Senior Leaving Certificate Examination (including Day School Certificate (Higher) General paper), 1947
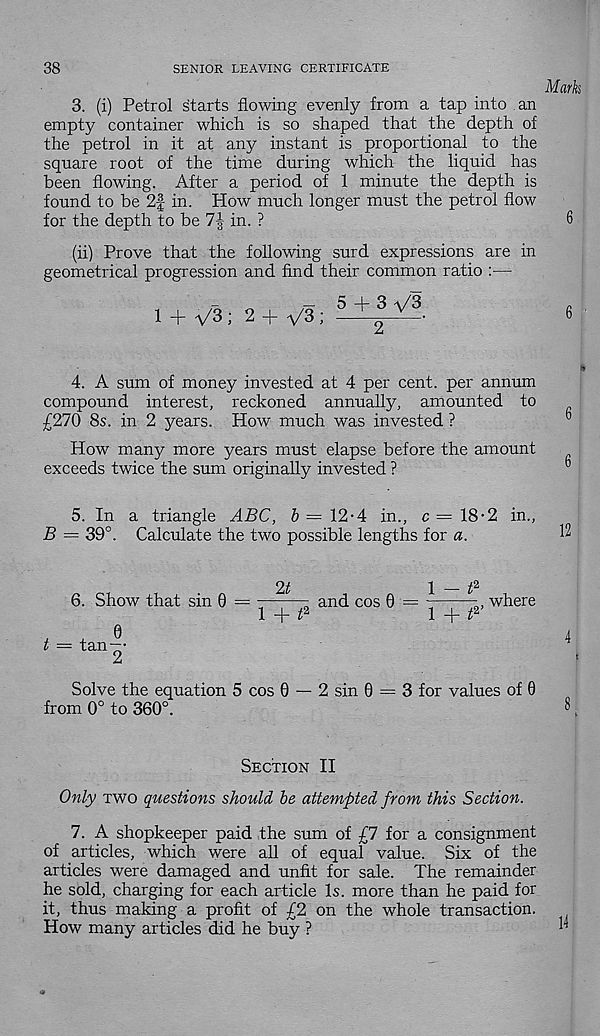
38
SENIOR LEAVING CERTIFICATE
Marks
3. (i) Petrol starts flowing evenly from a tap into an
empty container which is so shaped that the depth of
the petrol in it at any instant is proportional to the
square root of the time during which the liquid has
been flowing. After a period of 1 minute the depth is
found to be 2f in. How much longer must the petrol flow
for the depth to be 7§ in. ?
6
(ii) Prove that the following surd expressions are in
geometrical progression and find their common ratio :—
1 + V3; 2 +V3; 5+
2
3V3
6
4. A sum of money invested at 4 per cent, per annum
compound interest, reckoned annually, amounted to
£270 8s. in 2 years. How much was invested ?
How many more years must elapse before the amount
exceeds twice the sum originally invested ?
5. In a triangle ABC, & = 12-4 in., c = 18-2 in.,
B — 39°. Calculate the two possible lengths for a.
6. Show that sin 0 =
and cos 0 =
where
l + t 2
1 + t 2
0
t = tan—•
Solve the equation 5 cos 0 — 2 sin 0 = 3 for values of 0
from 0° to 360°.
Section II
Only two questions should be attempted from this Section.
7. A shopkeeper paid the sum of £7 for a consignment
of articles, which were all of equal value. Six of the
articles were damaged and unfit for sale. The remainder
he sold, charging for each article Is. more than he paid for
it, thus making a profit of £2 on the whole transaction.
How many articles did he buy ?